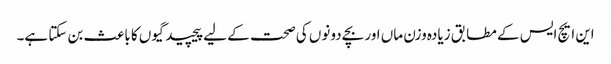
این ایچ ایس کے مطابق زیادہ وزن ماں اور بچے دونوں کی صحت کے لیے پیچید گیوں کا باعث بن سکتا ہے۔